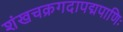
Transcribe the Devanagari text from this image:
शंखचक्रगदापद्मपाणिः